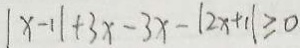
\vert x - 1 \vert + 3 x - 3 x - \vert 2 x + 1 \vert \geq 0